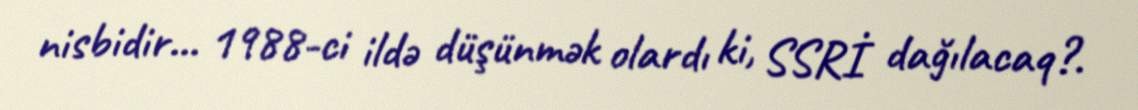
nisbidir... 1988-ci ildə düşünmək olardı ki, SSRİ dağılacaq?.